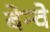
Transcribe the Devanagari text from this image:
बेन्वे